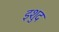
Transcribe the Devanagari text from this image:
इशुद